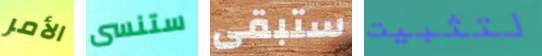
الأمر ستنسى ستبقى لتثبيت